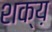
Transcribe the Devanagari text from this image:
शक्य़